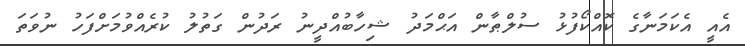
އެއީ އެކަމަނާގެ ކޮއްކޯފުޅު ސުލްޠާން އަޙްމަދު ޝިހާބުއްދީނު ރަދުން ގަތުލު ކުރެއްވުމަށްފަހު ނުވަތަ